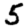
Digit: 5